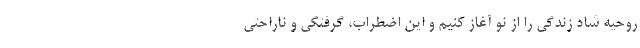
روحیه شاد زندگی را از نو آغاز کنیم و این اضطراب، گرفتگی و ناراحتی